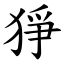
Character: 猙